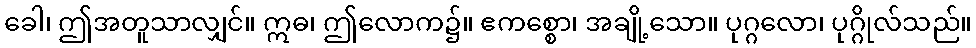
ခေါ၊ ဤအတူသာလျှင်။ ဣဓ၊ ဤလောက၌။ ဧကစ္စော၊ အချို့သော။ ပုဂ္ဂလော၊ ပုဂ္ဂိုလ်သည်။